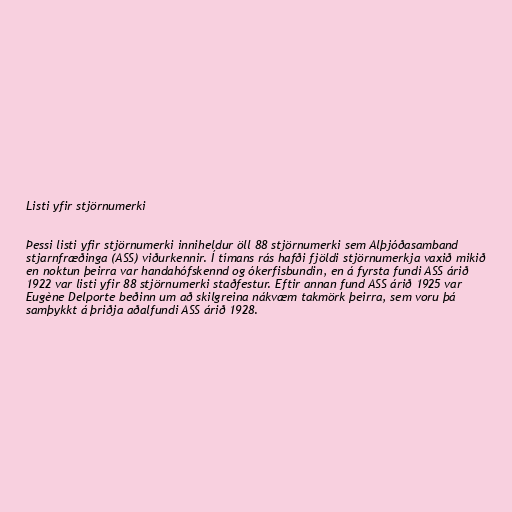
Listi yfir stjörnumerki

Þessi listi yfir stjörnumerki inniheldur öll 88 stjörnumerki sem Alþjóðasamband
stjarnfræðinga (ASS) viðurkennir. Í tímans rás hafði fjöldi stjörnumerkja vaxið mikið
en noktun þeirra var handahófskennd og ókerfisbundin, en á fyrsta fundi ASS árið
1922 var listi yfir 88 stjörnumerki staðfestur. Eftir annan fund ASS árið 1925 var
Eugène Delporte beðinn um að skilgreina nákvæm takmörk þeirra, sem voru þá
samþykkt á þriðja aðalfundi ASS árið 1928.